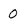
Character: 0